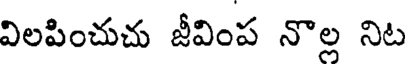
విలపించుచు జీవింప నొల్ల నిట